Annual report on the health of the army in India
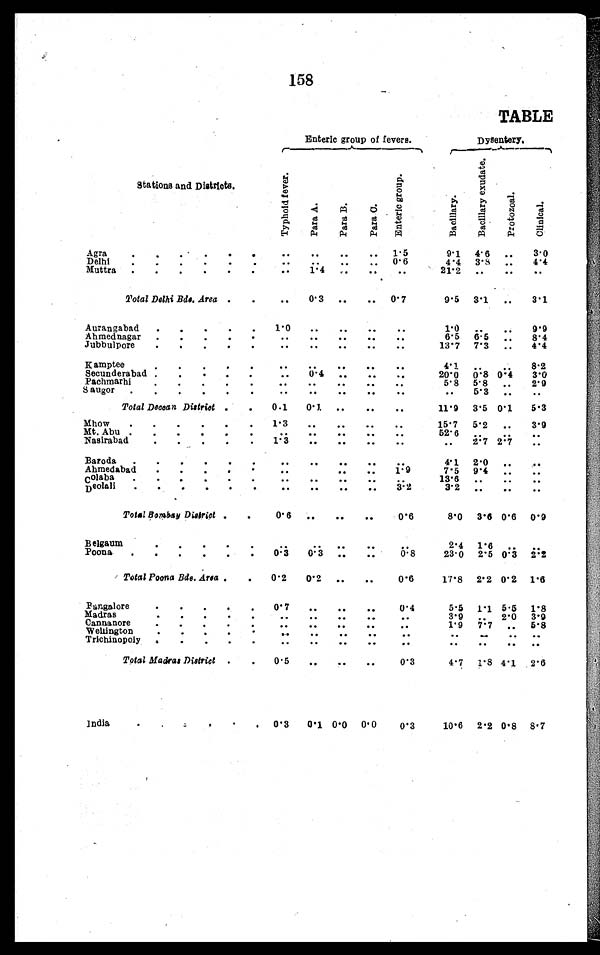
158
TABLE
Stations and Districts.
Enteric group of fevers.
Dysentery.
T y p h o i d f e v e r .
Para A.
Para B.
Para C
E n t e r i c g r o u p .
B a c i l l a r y .
Bacillary exudate.
P r o t o z o a l .
Clinical.
Agra . . .
. . .
. . .
. . .
. . .
1.5
9.1
4.6
. . .
3.0
0.6
4.4
3.8
. . .
4.4
Delhi . . .
. . .
. . .
. . .
. . .
21.2
. . .
. . .
. . .
Muttra . . .
. . .
1 . 4
. . .
. . .
. . .
Total Delhi Bde. Area . . .
. . .
0.3
. . .
. . . 0. 7
9. 5 3.1
. . .
3.1
Aurangabad . . .
1. 0
. . .
. . .
. . .
. . .
1 . 0
. . .
. . .
9. 9
6.5
6 . 5
. . .
8 . 4
Ahmednagar . . .
. . .
. . .
. . .
. . .
. . .
13.7 7. 3
. . .
4.4
Jubbulpore . . .
. . .
. . .
. . .
. . .
. . .
Kamptee . . .
. . .
. . .
. . .
. . .
. . .
4.1
. . .
. . .
8.2
0 . 4
. . .
. . .
. . .
2 0 . 0
0 . 8 0 . 4
3 . 0
Secunderabad . . .
. . .
5.8
. . .
2.9
5 . 8
Pachmarhi . . .
. . .
. . .
. . .
. . .
. . .
Saugor . . .
. . .
. . .
. . .
. . .
. . .
. . .
5 . 3
. . .
. . .
Total Deccan District . . .
0.1
0.1
. . .
. . .
. . .
11.9
3. 5 0. 1
5. 3
Mho w . . .
1.3
. . .
. . .
. . .
. . .
15. 7
5 . 2
. . .
3.9
5 2 . 6
Mt. Abu . . .
. . .
. . .
. . .
. . .
. . .
. . .
. . .
. . .
2.7 2.7
. . .
Nasirabad . . .
1 . 3
. . .
. . .
. . .
. . .
2 . 7
Baroda . . .
. . .
. . .
. . .
. . .
. . .
4.1 2. 0
. . .
. . .
Ahmedabad . . .
. . .
. . .
. . .
1 . 9
7.5
9 . 4
. . .
. . .
13.6
. . .
. . .
. . .
colaba . . .
. . .
. . .
. . .
. . .
. . . 3 . 2
3 . 2
. . .
. . .
. . .
Deolali . . .
. . .
. . .
. . .
. . .
Total Bombay District . . .
0 . 6
. . .
. . .
. . .
0 . 6
8 . 0
3 . 6
0 . 6
0 . 9
Belgaum . . .
. . .
. . .
. . .
. . .
. . .
2 . 4
1 . 6
. . .
. . .
Poona . . .
0 . 3
0 . 3
. . .
. . .
0 . 8
2 3 . 0
2 . 5
0 . 3
2 . 2
Total Poona Bde. Area . . .
0 . 2
0 . 2
. . .
. . .
0.6
1 7 . 8
2 . 2
0 . 2
1 . 6
Bangalore . . .
0 . 7
. . .
. . .
. . .
0 . 4
5 . 5
1 . 1
5 . 5
1 . 8
3 . 9
. . .
2 . 0
3 . 9
Madras . . .
. . .
. . .
. . .
. . .
. . .
1 . 9
7 . 7
. . .
5 . 8
Cannanore . . .
. . .
. . .
. . .
. . .
. . .
Wellington . . .
. . .
. . .
. . .
. . .
. . .
Trichinopoly . . .
. . .
. . .
. . .
. . .
. . .
. . .
. . .
. . .
. . .
Total Madras District . . .
0 . 5
. . .
. . .
. . .
0 . 3
4 . 7
1 . 8
4 . 1
2 . 6
India . . .
0 . 3
0 . 1
0 . 0
0 . 0
0 . 3
1 0 . 6
2 . 2
0 . 8
8 . 7